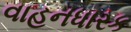
વાહનધારક